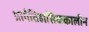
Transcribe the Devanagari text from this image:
प्रागैतिहासिककालीन